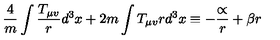
\frac { 4 } { m } \int \frac { T _ { \mu v } } { r } d ^ { 3 } x + 2 m \int T _ { \mu v } r d ^ { 3 } x \equiv - \frac { \propto } { r } + \beta r